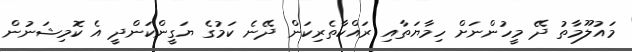
މައުލޫމާތު ދޭ މީހުންނަށް ހިމާޔަތާއި ރައްކާތެރިކަން ދޭނެ ކަމުގެ ޔަގީންކަންދީ އެ ކޮމިޝަނުން